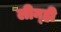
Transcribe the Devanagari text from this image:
लीन्‍ही